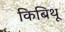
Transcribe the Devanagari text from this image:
किबिथू